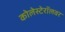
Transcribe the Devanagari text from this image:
कोलेस्टेरॉलवर